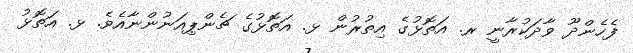
ފެހެންދޫ ވާދަކުރާނީ ރ. އަތޮޅުގެ އިތުރުން ޅ. އަތޮޅުގެ ޗެންޕިއަނުންނާއެވެ. ޅ. އަތޮޅު